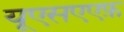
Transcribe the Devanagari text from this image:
यूएसएएफ़